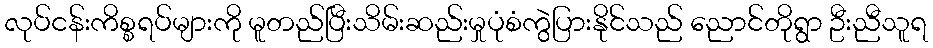
လုပ်ငန်းကိစ္စရပ်များကို မူတည်ပြီးသိမ်းဆည်းမှုပုံစံကွဲပြားနိုင်သည် ညောင်တိုရွာ ဦးညီသူရ